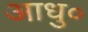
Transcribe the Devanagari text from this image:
आधु०